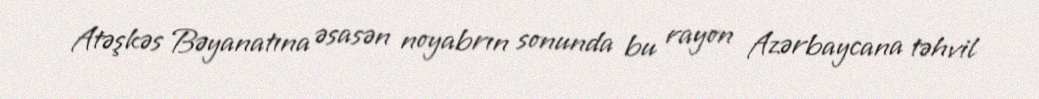
Atəşkəs Bəyanatına əsasən noyabrın sonunda bu rayon Azərbaycana təhvil